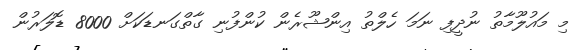
މި މައުލޫމާތު ނުދީފި ނަމަ ހެލްތު އިންޝޫރެން ކުންފުނި ގާތްގަނޑަކަށް 8000 ޑޮލަރުން